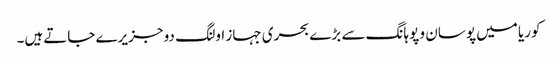
کوریا میں پوسان و پوہانگ سے بڑے بحری جہاز اولنگ دو جزیرے جاتےہیں۔